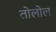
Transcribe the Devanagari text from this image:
तोलोल